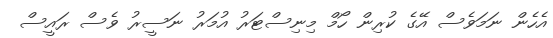
އެހެން ނަމަވެސް އޭގެ ކުރިން ހޯމް މިނިސްޓަރު އުމަރު ނަސީރު ވެސް ރައީސް